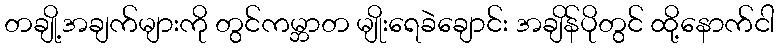
တချို့အချက်များကို တွင်ကမ္ဘာတ မျိုးရေခဲချောင်း အချိန်ပိုတွင် ထို့နောက်ငါ